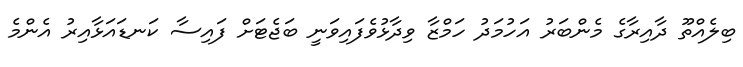
ބިލެއްތޫ ދާއިރާގެ މެންބަރު އަހުމަދު ހަމްޒާ ވިދާޅުވެފައިވަނީ ބަޖެޓަށް ފައިސާ ކަނޑައަޅާއިރު އެންމެ